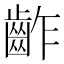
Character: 齚